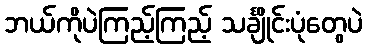
ဘယ်ကိုပဲကြည့်ကြည့် သင်္ချိုင်းပုံတွေပဲ